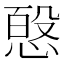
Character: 𭝸